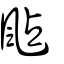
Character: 颭